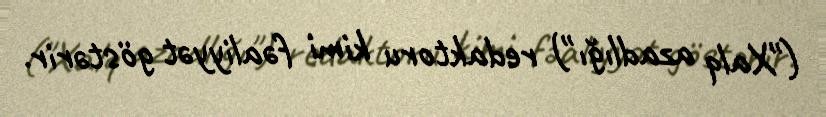
("Xalq azadlığı") redaktoru kimi fəaliyyət göstərir.